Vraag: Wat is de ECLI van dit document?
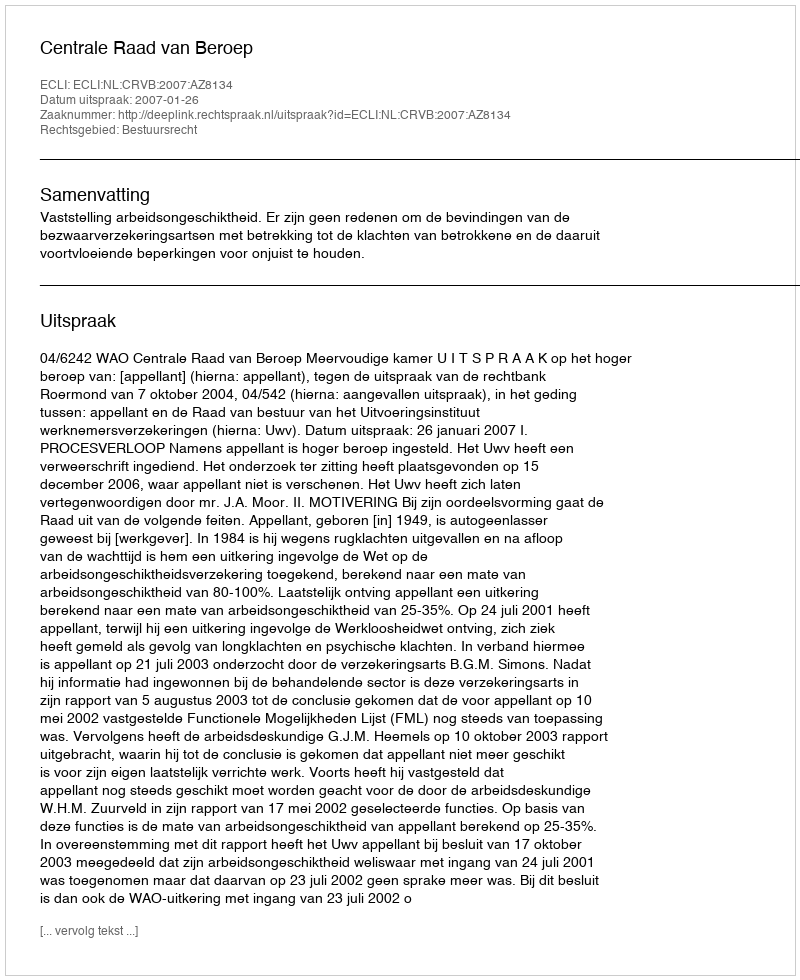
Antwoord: ECLI:NL:CRVB:2007:AZ8134